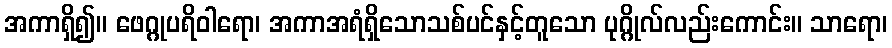
အကာရှိ၍။ ဖေဂ္ဂုပရိဝါရော၊ အကာအရံရှိသောသစ်ပင်နှင့်တူသော ပုဂ္ဂိုလ်လည်းကောင်း။ သာရော၊